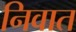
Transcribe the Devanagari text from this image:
निवात